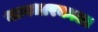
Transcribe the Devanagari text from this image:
भागधारकाला